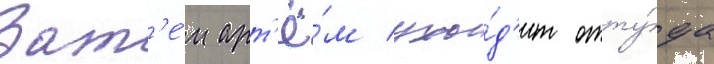
Зат'е́м арт'ё́м ухо́д'ит отту́да